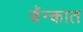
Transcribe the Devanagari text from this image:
बॅन्कात